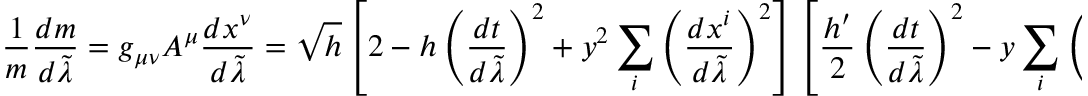
{ \frac { 1 } { m } } { \frac { d m } { d \tilde { \lambda } } } = g _ { \mu \nu } A ^ { \mu } { \frac { d x ^ { \nu } } { d \tilde { \lambda } } } = \sqrt { h } \left[ 2 - h \left( { \frac { d t } { d \tilde { \lambda } } } \right) ^ { 2 } + y ^ { 2 } \sum _ { i } \left( { \frac { d x ^ { i } } { d \tilde { \lambda } } } \right) ^ { 2 } \right] \left[ { \frac { h ^ { \prime } } { 2 } } \left( { \frac { d t } { d \tilde { \lambda } } } \right) ^ { 2 } - y \sum _ { i } \left( { \frac { d x ^ { i } } { d \tilde { \lambda } } } \right) ^ { 2 } \right] .